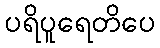
ပရိပူရေတိပေ